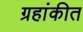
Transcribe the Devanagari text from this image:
ग्रहांकीत